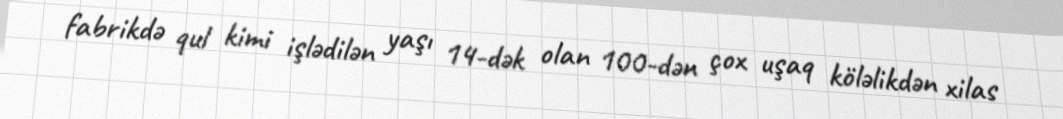
fabrikdə qul kimi işlədilən yaşı 14-dək olan 100-dən çox uşaq köləlikdən xilas